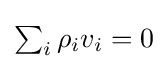
{\textstyle \sum _{i}\rho _{i}v_{i}=0}